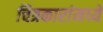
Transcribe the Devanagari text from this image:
चित्रकारांमध्ये